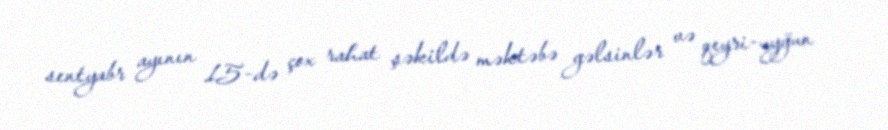
sentyabr ayının 15-də çox rahat şəkildə məktəbə gəlsinlər və qeyri-uyğun